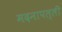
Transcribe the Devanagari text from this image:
मदनापल्ली